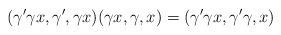
\begin{gather*}(\gamma' \gamma x, \gamma', \gamma x)(\gamma x, \gamma, x)=(\gamma'\gamma x, \gamma'\gamma, x)\end{gather*}